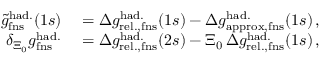
\begin{array} { r l } { \tilde { g } _ { \mathrm { f n s } } ^ { \mathrm { h a d . } } ( 1 s ) } & { { } = \Delta { g } _ { \mathrm { r e l . , f n s } } ^ { \mathrm { h a d . } } ( 1 s ) - \Delta { g } _ { \mathrm { a p p r o x , f n s } } ^ { \mathrm { h a d . } } ( 1 s ) \, , } \\ { \delta _ { \Xi _ { 0 } } g _ { \mathrm { f n s } } ^ { \mathrm { h a d . } } } & { { } = \Delta { g } _ { \mathrm { r e l . , f n s } } ^ { \mathrm { h a d . } } ( 2 s ) - \Xi _ { 0 } \, \Delta { g } _ { \mathrm { r e l . , f n s } } ^ { \mathrm { h a d . } } ( 1 s ) \, , } \end{array}